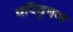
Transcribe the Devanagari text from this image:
परिवृषण